Leprosy in India: report of the Leprosy Commission in India, 1890-91
Year: 1890
Disease focus: Leprosy
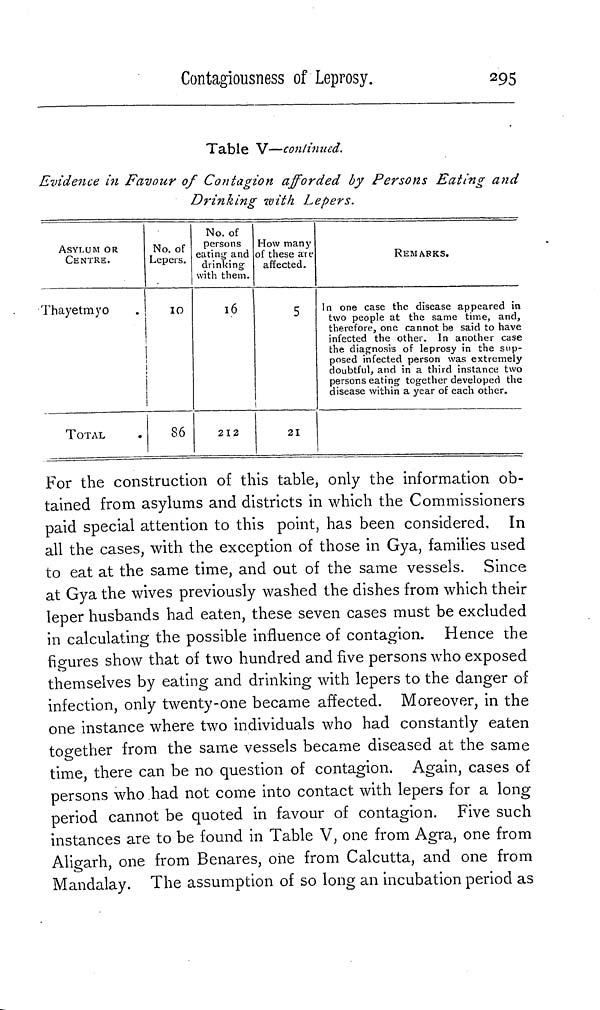
Contagiousness of Leprosy.
295
Table V—continued.
Evidence in Favour of Contagion afforded by Persons Eating and
Drinking with Lepers.
ASYLUM OR
CENTRE.
Thayetmyo
TOTAL
No. of
Lepers.
10
86
No. of
persons
eating and
drinking
with them.
16
212
How many
of these are
affected.
5
21
REMARKS.
In one case the disease appeared in
two people at the same time, and,
therefore, one cannot be said to have
infected the other. In another case
the diagnosis of leprosy in the sup-
posed infected person was extremely
doubtful, and in a third instance two
persons eating together developed the
disease within a year of each other.
For the construction of this table, only the information ob-
tained from asylums and districts in which the Commissioners
paid special attention to this point, has been considered. In
all the cases, with the exception of those in Gya, families used
to eat at the same time, and out of the same vessels. Since
at Gya the wives previously washed the dishes from which their
leper husbands had eaten, these seven cases must be excluded
in calculating the possible influence of contagion. Hence the
figures show that of two hundred and five persons who exposed
themselves by eating and drinking with lepers to the danger of
infection, only twenty-one became affected. Moreover, in the
one instance where two individuals who had constantly eaten
together from the same vessels became diseased at the same
time, there can be no question of contagion. Again, cases of
persons who had not come into contact with lepers for a long
period cannot be quoted in favour of contagion. Five such
instances are to be found in Table V, one from Agra, one from
Aligarh, one from Benares, one from Calcutta, and one from
Mandalay. The assumption of so long an incubation period as